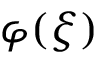
\varphi ( \xi )